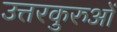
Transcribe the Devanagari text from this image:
उत्तरकुरुओं